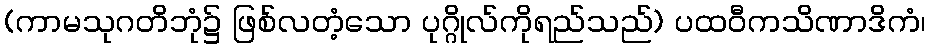
(ကာမသုဂတိဘုံ၌ ဖြစ်လတံ့သော ပုဂ္ဂိုလ်ကိုရည်သည်) ပထဝီကသိဏာဒိကံ၊